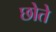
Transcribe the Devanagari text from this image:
छोते